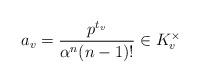
LaTeX: \begin{align*} a_v=\frac{p^{t_v}}{\alpha^n(n-1)!} \in K_v^\times\end{align*}